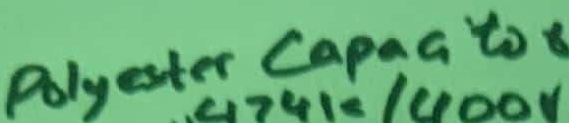
Text: Polyster capacitor